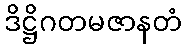
ဒိဋ္ဌိဂတမဇာနတံ